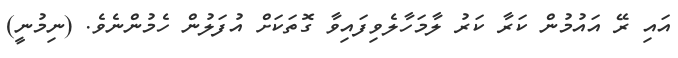
އައި ރޭ އައުމުން ކަރާ ކަރު ލާމަހާލެވިފައިވާ ގޮތަކަށް އުފަލުން ހެމުންނެވެ. (ނިމުނީ)